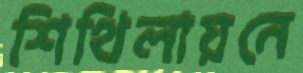
শিথিলায়নে